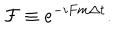
LaTeX: \mathcal { F } \equiv e ^ { - i F m \Delta t } .